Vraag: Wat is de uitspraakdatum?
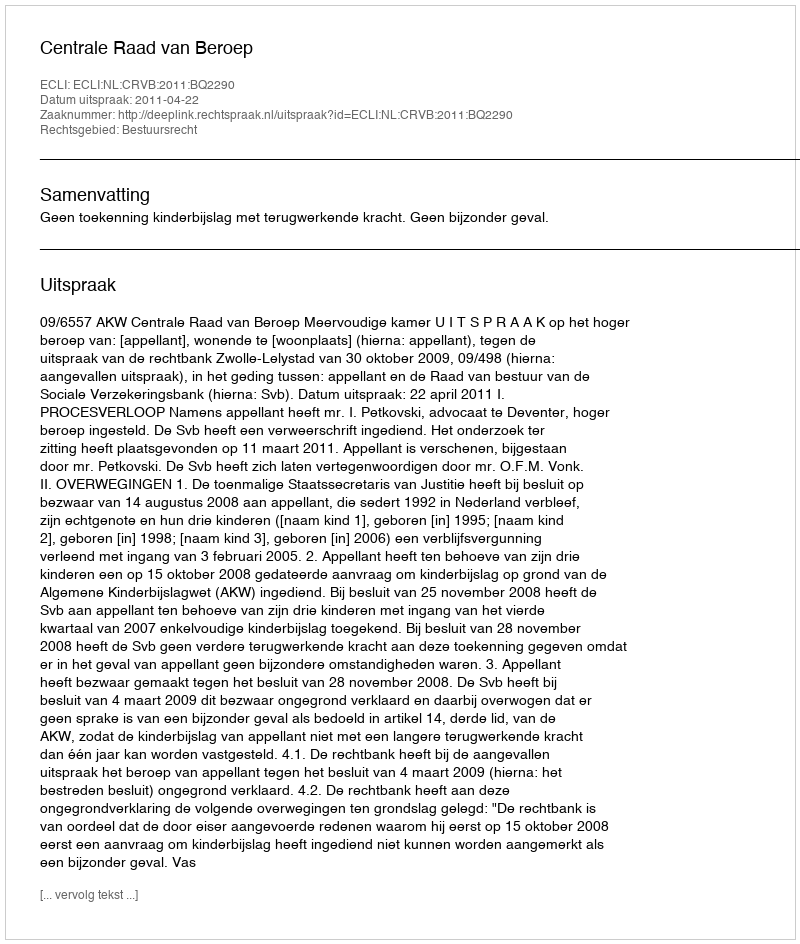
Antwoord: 2011-04-22